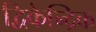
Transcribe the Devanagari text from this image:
द्विकेन्द्रिक